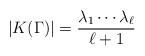
LaTeX: \begin{align*}|K(\Gamma)|=\frac{\lambda_1 \cdots \lambda_{\ell}}{\ell + 1}\end{align*}